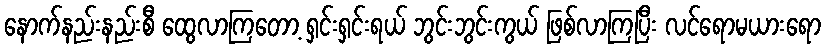
နောက်နည်းနည်းစီ ထွေလာကြတော့ ရှင်းရှင်းရယ် ဘွင်းဘွင်းကွယ် ဖြစ်လာကြပြီး လင်ရောမယားရော